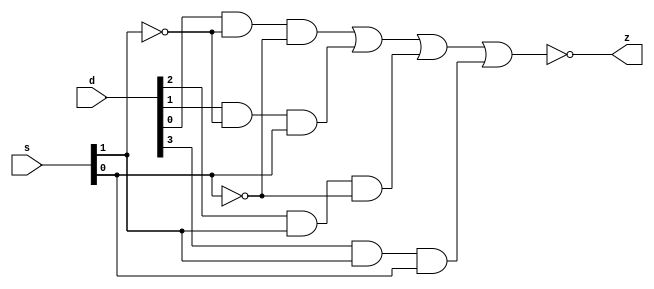
module p1(z,d,s);
	output z;
	input[3:0] d;
	input[1:0] s;

	not not0(inv_s0,s[0]);
	not not1(inv_s1,s[1]);
	
	and and3(a3_out,d[3],s[1],s[0]);
	and and2(a2_out,d[2],s[1],inv_s0);
	and and1(a1_out,d[1],inv_s1,s[0]);
	and and0(a0_out,d[0],inv_s1,inv_s0);
	nor out(z,a0_out,a1_out,a2_out,a3_out);
endmodule